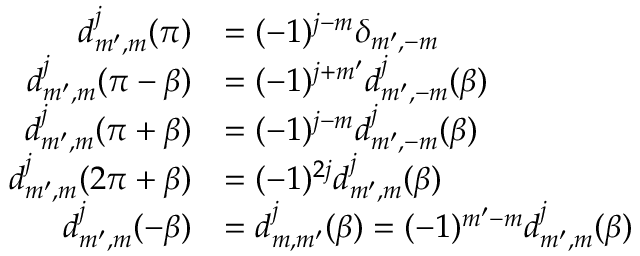
{ \begin{array} { r l } { d _ { m ^ { \prime } , m } ^ { j } ( \pi ) } & { = ( - 1 ) ^ { j - m } \delta _ { m ^ { \prime } , - m } } \\ { d _ { m ^ { \prime } , m } ^ { j } ( \pi - \beta ) } & { = ( - 1 ) ^ { j + m ^ { \prime } } d _ { m ^ { \prime } , - m } ^ { j } ( \beta ) } \\ { d _ { m ^ { \prime } , m } ^ { j } ( \pi + \beta ) } & { = ( - 1 ) ^ { j - m } d _ { m ^ { \prime } , - m } ^ { j } ( \beta ) } \\ { d _ { m ^ { \prime } , m } ^ { j } ( 2 \pi + \beta ) } & { = ( - 1 ) ^ { 2 j } d _ { m ^ { \prime } , m } ^ { j } ( \beta ) } \\ { d _ { m ^ { \prime } , m } ^ { j } ( - \beta ) } & { = d _ { m , m ^ { \prime } } ^ { j } ( \beta ) = ( - 1 ) ^ { m ^ { \prime } - m } d _ { m ^ { \prime } , m } ^ { j } ( \beta ) } \end{array} }